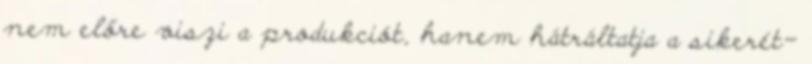
nem előre viszi a produkciót, hanem hátráltatja a sikerét-